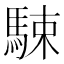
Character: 駷